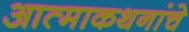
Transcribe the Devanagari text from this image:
आत्माकथनांचे